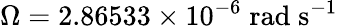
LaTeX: \Omega=2.86533\times 10^{-6}\; \mathrm{rad}\; \mathrm{s}^{-1}